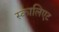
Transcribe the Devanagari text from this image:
स्कालिएट